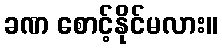
ခဏ စောင့်နိုင်မလား။